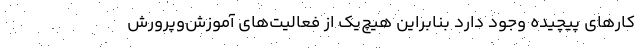
کارهای پیچیده وجود دارد بنابراین هیچ‌یک از فعالیت‌های آموزش‌وپرورش